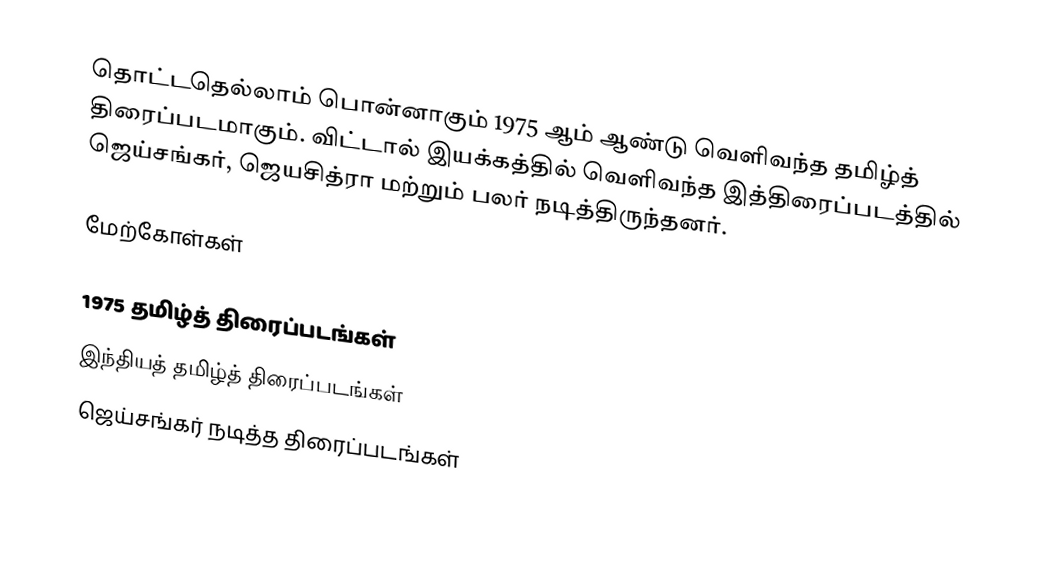
தொட்டதெல்லாம் பொன்னாகும் 1975 ஆம் ஆண்டு வெளிவந்த தமிழ்த் திரைப்படமாகும். விட்டால் இயக்கத்தில் வெளிவந்த இத்திரைப்படத்தில் ஜெய்சங்கர், ஜெயசித்ரா மற்றும் பலர் நடித்திருந்தனர்.

மேற்கோள்கள்

1975 தமிழ்த் திரைப்படங்கள்
இந்தியத் தமிழ்த் திரைப்படங்கள்
ஜெய்சங்கர் நடித்த திரைப்படங்கள்